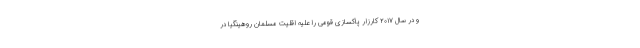
و در سال ۲۰۱۷ کارزار پاکسازی قومی را علیه اقلیت مسلمان روهینگیا در